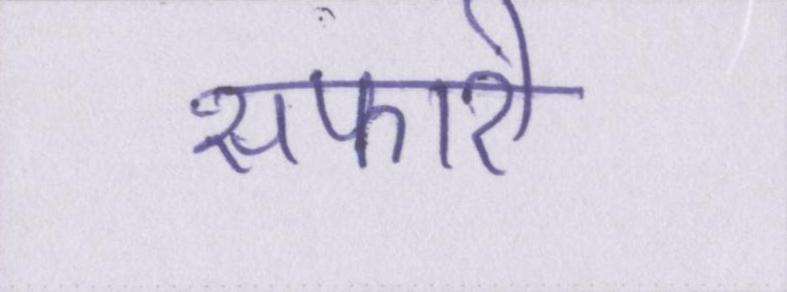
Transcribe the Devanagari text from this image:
सफारी